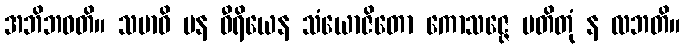
အဘိဘဝတိ။ သမာဓိ ပန ဝီရိယေန သံယောဇိတော ကောသဇ္ဇေ ပတိတုံ န လဘတိ။